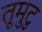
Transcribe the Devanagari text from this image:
तूमुटु